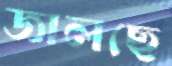
জালছে